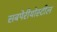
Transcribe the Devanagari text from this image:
सबपेरीयोस्टील